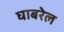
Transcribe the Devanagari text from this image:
घाबरेल